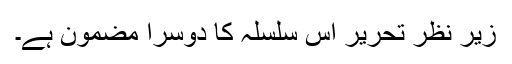
زیر نظر تحریر اس سلسلہ کا دوسرا مضمون ہے۔